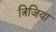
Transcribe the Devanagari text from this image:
त्रिजिया